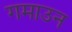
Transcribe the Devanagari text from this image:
गमाउन